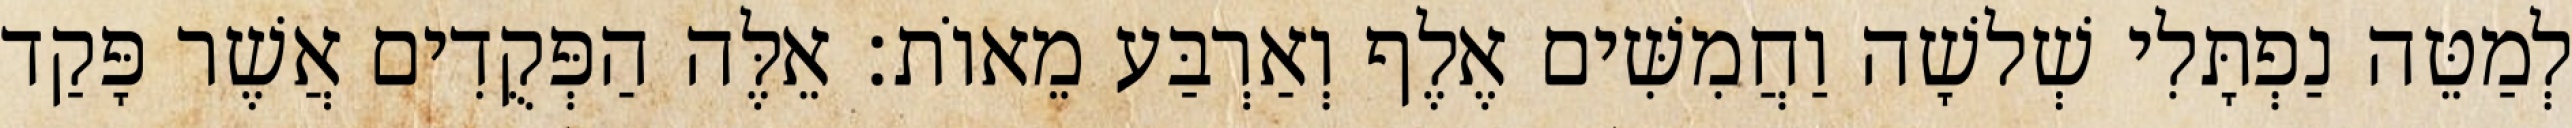
לְמַטֵּה נַפְתָּלִי שְׁלשָׁה וַחֲמִשִּׁים אֶלֶף וְאַרְבַּע מֵאוֹת׃ אֵלֶּה הַפְּקֻדִים אֲשֶׁר פָּקַד